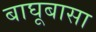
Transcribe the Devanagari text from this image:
बाघूबासा